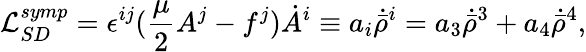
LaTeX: {\cal L}_{SD}^{symp}=\epsilon^{ij}({\frac{\mu}{2}}A^{j}-f^{j})\dot{A}^{i}\equiv a_{i}\dot{\bar{\rho}}^{i}=a_{3}\dot{\bar{\rho}}^{3}+a_{4}\dot{\bar{\rho}}^{4},